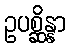
ဥပစ္ဆိန္နာ